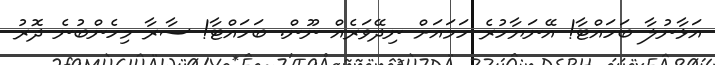
އަޅާނުލާ ބަހައްޓާ! އޭނަޔާހުރެ ހަމައަށް ނިދޭވަރެއް ނޫން. ބަހައްޓާ! ސާރާ މިހެންބުނެ ދޮރު